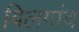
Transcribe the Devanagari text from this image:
बिलगांव